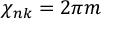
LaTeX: \chi _ { n k } = 2 \pi m